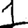
Digit: 1